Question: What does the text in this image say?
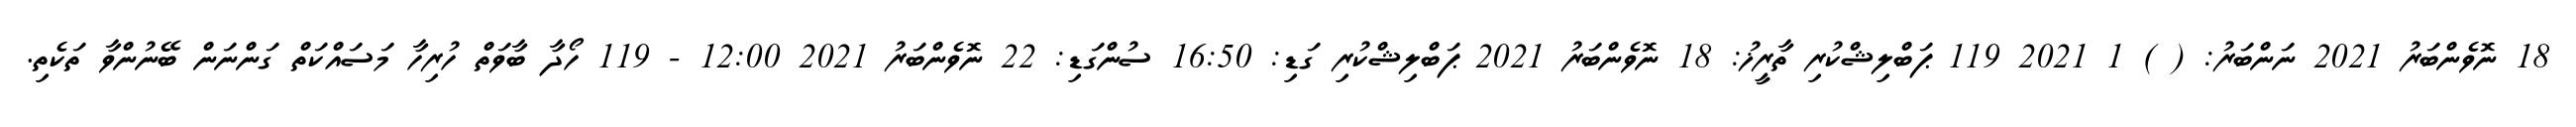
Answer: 18 ނޮވެންބަރު 2021 ނަންބަރު: ( ) 1 2021 119 ޕަބްލިޝްކުރި ތާރީޚު: 18 ނޮވެންބަރު 2021 ޕަބްލިޝްކުރި ގަޑި: 16:50 ސުންގަޑި: 22 ނޮވެންބަރު 2021 12:00 - 119 ހޯދާ ބާވަތް ހުރިހާ މަސައްކަތް ގަންނަން ބޭނުންވާ ތަކެތި.